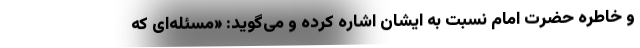
و خاطره حضرت امام نسبت به ایشان اشاره کرده و می‌گوید: «مسئله‌ای که